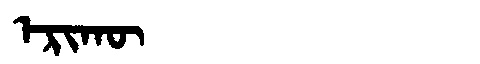
Manchu: ᡝᡵᡳᡴᡡ
Romanization: ERIKŪ